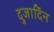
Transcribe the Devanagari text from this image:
दुजार्दिन